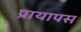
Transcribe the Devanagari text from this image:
प्रायापस